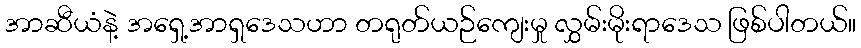
အာဆီယံနဲ့ အရှေ့အာရှဒေသဟာ တရုတ်ယဉ်ကျေးမှု လွှမ်းမိုးရာဒေသ ဖြစ်ပါတယ်။